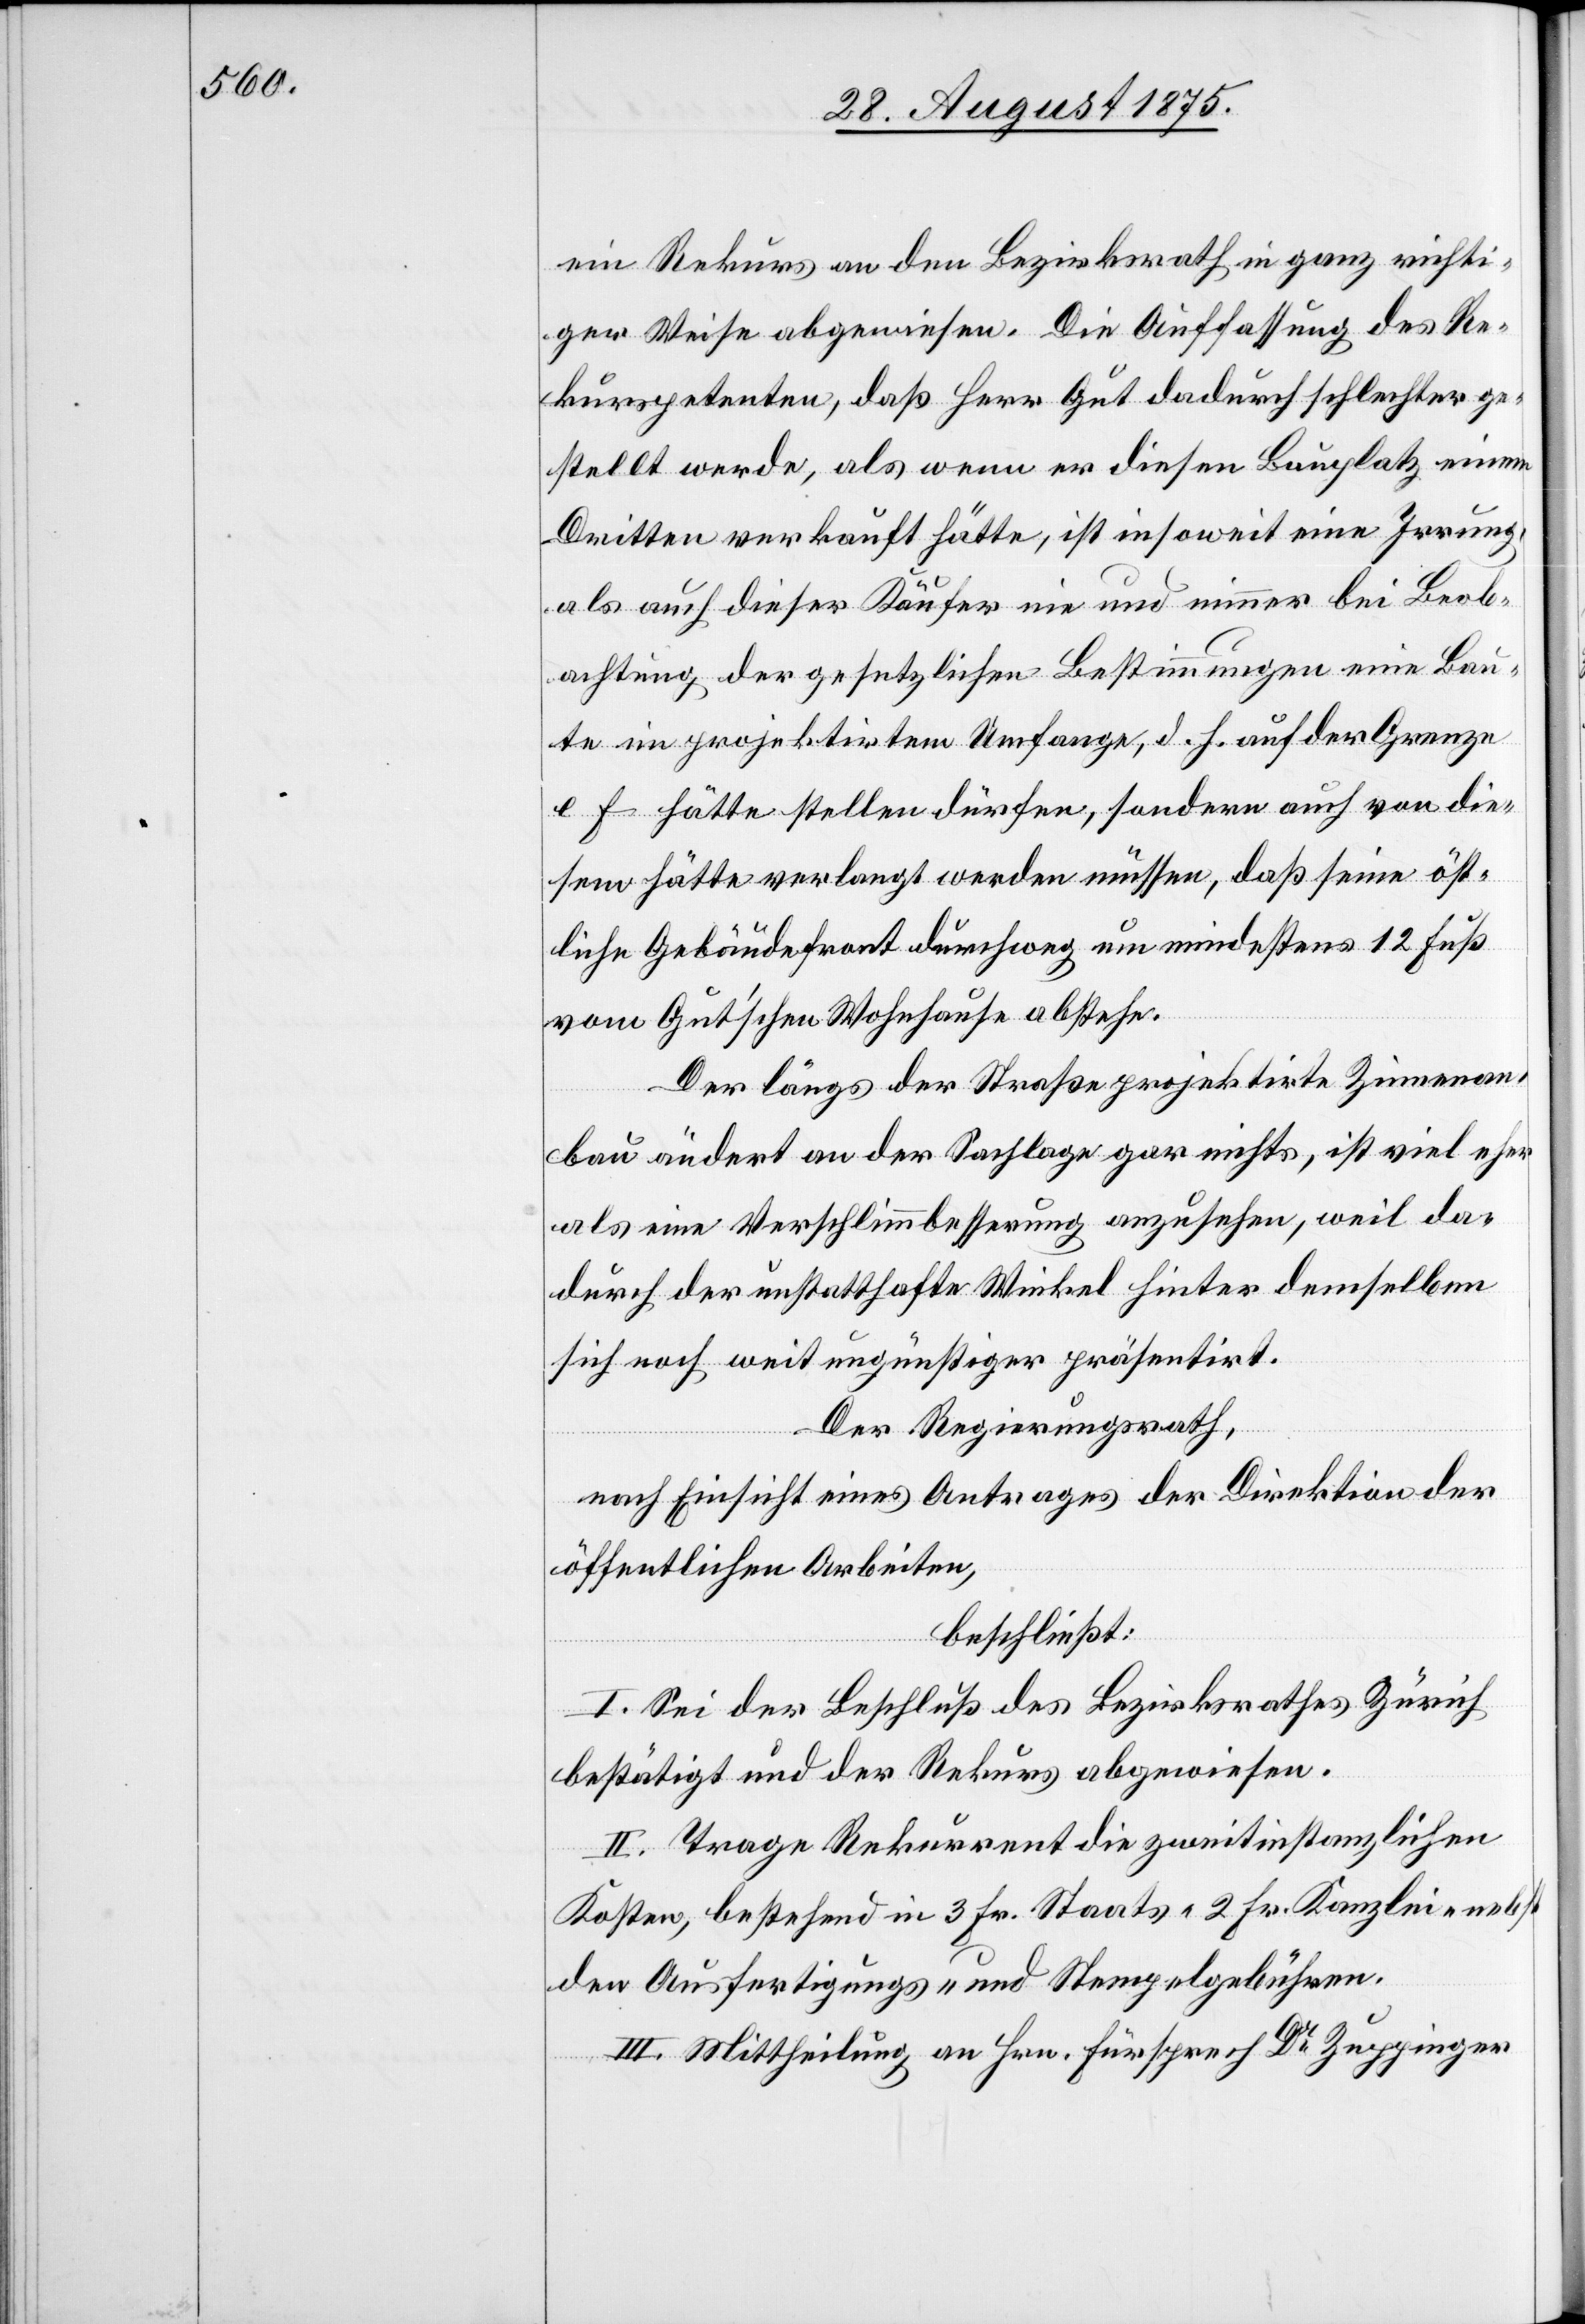
ein Rekurs an den Bezirksrath in ganz richti¬
ger Weise abgewiesen. Die Auffassung des Re¬
kurspetenten, daß Herr Gut dadurch schlechter ge¬
stellt werde, als wenn er diesen Bauplatz einem
Dritten verkauft hätte, ist insoweit eine Irrung,
als auch dieser Käufer nie und nimmer bei Beob¬
achtung der gesetzlichen Bestimmungen eine Bau¬
te im projektirten Umfange, d. h. auf der Grenze
e f hätte stellen dürfen, sondern auch von die¬
sem hätte verlangt werden müssen, daß seine öst¬
liche Gebäudefront durchweg um mindestens 12Fuß
vom Gut’schen Wohnhause abstehe.
Der längs der Straße projektirte Zimmeran¬
bau ändert an der Sachlage gar nichts, ist viel eher
als eine Verschlimmbesserung anzusehen, weil da¬
durch der unstatthafte Winkel hinter demselben
sich noch weit ungünstiger präsentirt.
Der Regierungsrath,
nach Einsicht eines Antrages der Direktion der
öffentlichen Arbeiten,
beschließt:
I. Sei der Beschluß des Bezirksrathes Zürich
bestätigt und der Rekurs abgewiesen.
II. Trage Rekurrent die zweitinstanzlichen
Kosten, bestehend in 3 Fr. Staats-[,] 2 Fr. Kanzlei- nebst
den Ausfertigungs- und Stempelgebühren.
III. Mittheilung an Hrn. Fürsprech Dr Zuppinger